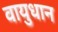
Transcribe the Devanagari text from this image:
वायुधान